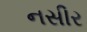
નસીર